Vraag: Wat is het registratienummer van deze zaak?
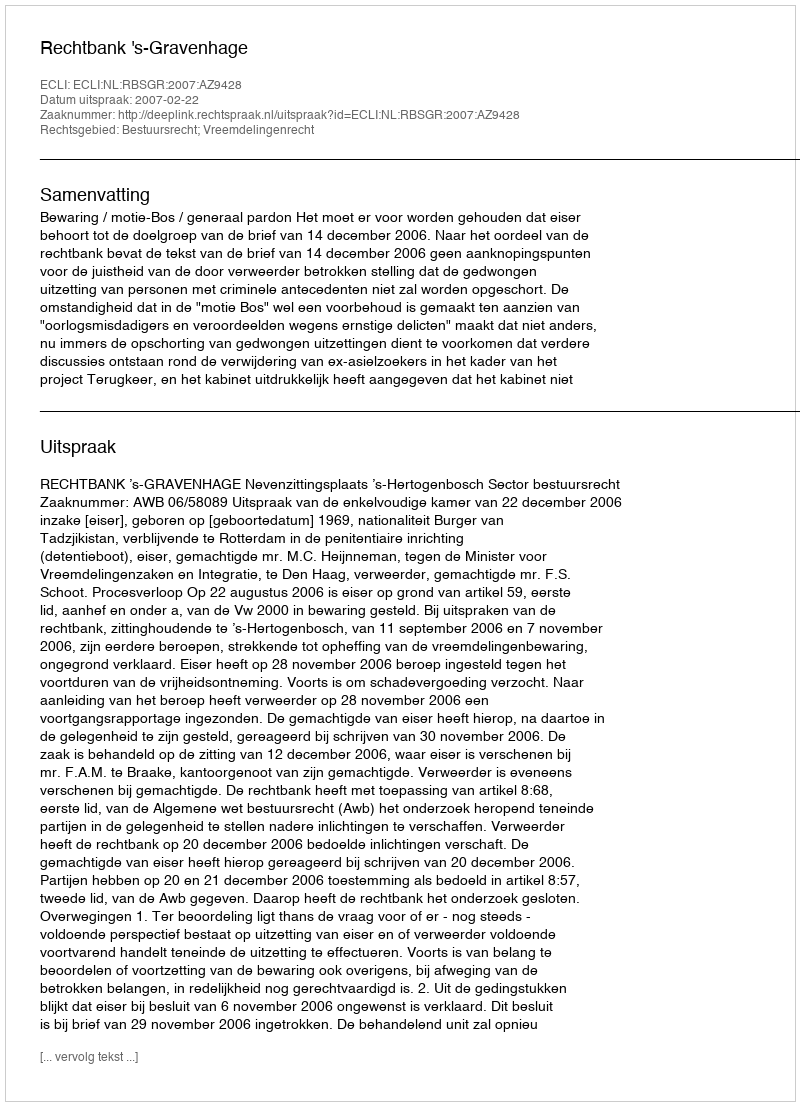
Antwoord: http://deeplink.rechtspraak.nl/uitspraak?id=ECLI:NL:RBSGR:2007:AZ9428